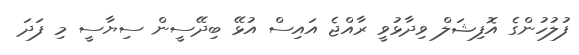
ފުލުހުންގެ އޮފިޝަލް ވިދާޅުވީ ރާއްޖެ އައިސް އުޅޭ ބިދޭސީން ސިޔާސީ މި ފަދަ